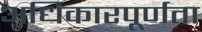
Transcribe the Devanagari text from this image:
अधिकारपूर्णता